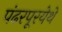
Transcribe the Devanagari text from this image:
पंढरपूरयेथे